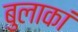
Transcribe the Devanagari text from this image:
बुलाकां